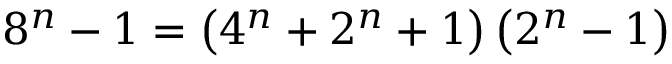
8 ^ { n } - 1 = \left( 4 ^ { n } + 2 ^ { n } + 1 \right) \left( 2 ^ { n } - 1 \right)